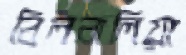
বিলবালিয়া